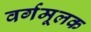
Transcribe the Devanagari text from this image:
वर्गमूलक